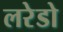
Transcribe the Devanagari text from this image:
लरेडो